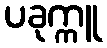
ပခုက္ကူ